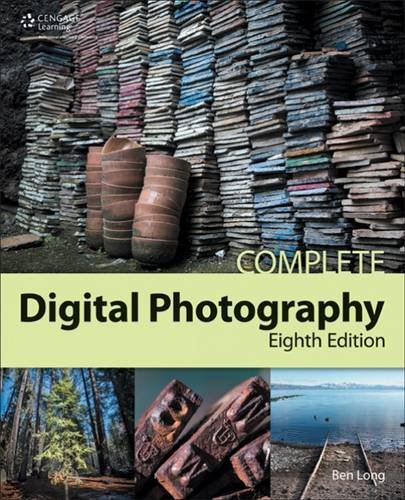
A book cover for Complete Digital Photography, 8th; Ben Long; Arts & Photography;